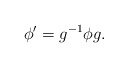
\begin{align*}\phi^\prime = g^{-1} \phi g. \end{align*}